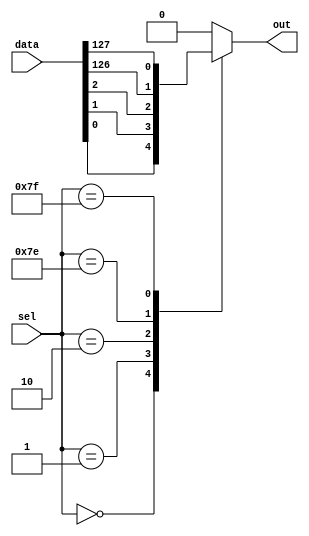
module multiplexer_128to1 (
    input [127:0] data,
    input [6:0] sel,
    output reg out
);

always @(*) begin
    case(sel)
        7'b0000000: out = data[0];
        7'b0000001: out = data[1];
        7'b0000010: out = data[2];
        // ...
        7'b1111110: out = data[126];
        7'b1111111: out = data[127];
        default: out = 1'b0; // default output when no valid selection
    endcase
end

endmodule